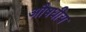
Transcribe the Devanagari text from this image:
अौषधीय